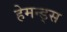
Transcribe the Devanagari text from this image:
हेमन्ड्स